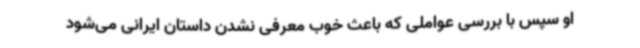
او سپس با بررسی عواملی که باعث خوب معرفی نشدن داستان ایرانی می‌شود